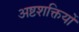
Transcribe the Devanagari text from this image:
अष्टशक्तियों